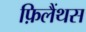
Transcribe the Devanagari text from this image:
फ़िलैंथस